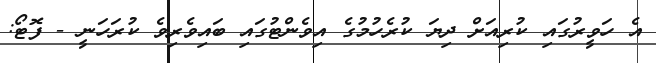
އެ ހަވީރުގައި ކުރިއަށް ދިޔަ ކުރެހުމުގެ އިވެންޓުގައި ބައިވެރިވެ ކުރަހަނީ - ފޮޓޯ: